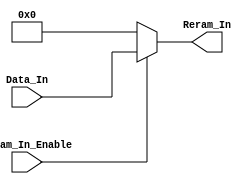
//////////////////////////////////////////////////////////////////////////////////
// Company: 
// Engineer: 
// 
// Design Name: 
// Module Name: OneBankMux
// Project Name: 
// Target Devices: 
// Tool Versions: 
// Description: 
// 
// Dependencies: 
// 
// Revision:
// Revision 0.01 - File Created
// Additional Comments:
// 
//////////////////////////////////////////////////////////////////////////////////


module Reram_mux(
    input [5:0] Data_In,
    input Reram_In_Enable,
    output reg [5:0] Reram_In
);

//assign Reram_In = Reram_In_Enable ? Data_In[5:0] : 6'b000000;

    always@(*) begin
        if (Reram_In_Enable) Reram_In <= Data_In;
        else Reram_In <= 6'b000000;
    end
endmodule